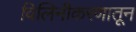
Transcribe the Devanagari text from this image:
विलिनीकरणातून